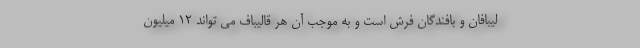
لیبافان و بافندگان فرش است و به موجب آن هر قالیباف می تواند ۱۲ میلیون